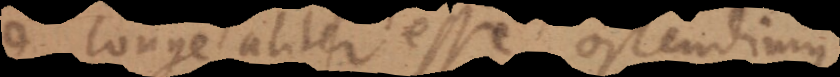
sed longe aliter esse ostendimus,